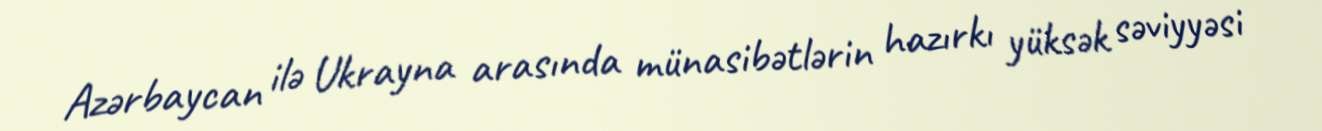
Azərbaycan ilə Ukrayna arasında münasibətlərin hazırkı yüksək səviyyəsi